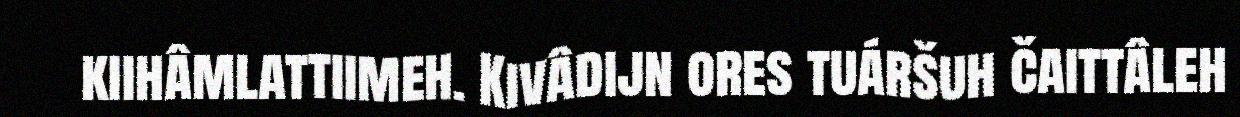
kiihâmlattiimeh. Kivâdijn ores tuáršuh čaittâleh